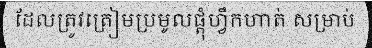
ដែលត្រូវត្រៀមប្រមូលផ្តុំហ្វឹកហាត់ សម្រាប់